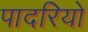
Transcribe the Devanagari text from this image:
पादरियो